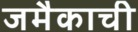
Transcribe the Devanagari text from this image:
जमैकाची